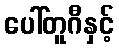
ပေါ်တူဂီနှင့်